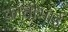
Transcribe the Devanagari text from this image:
कांतीभाई